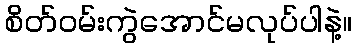
စိတ်ဝမ်းကွဲအောင်မလုပ်ပါနဲ့။